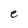
Character: e